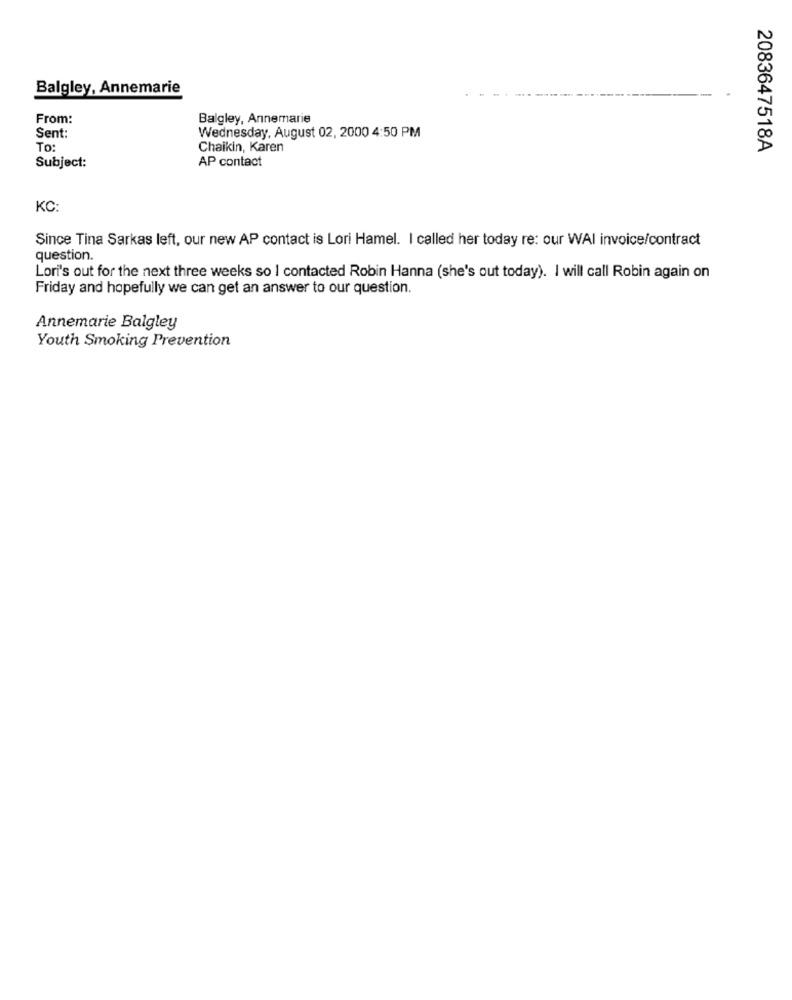
Balgley, Annemarie
From:
Balgley, Annemarie
Sent:
Wednesday, August 02, 2000 4:50 PM
To:
Chaikin, Karen
2083647518A
AP contact
Subject:
KC:
Since Tina Sarkas left, our new AP contact is Lori Hamel. I called her today re: our WAI invoice/contract
question.
Lori's out for the next three weeks so I contacted Robin Hanna (she's out today). I will call Robin again on
Friday and hopefully we can get an answer to our question.
Annemarie Balgley
Youth Smoking Prevention